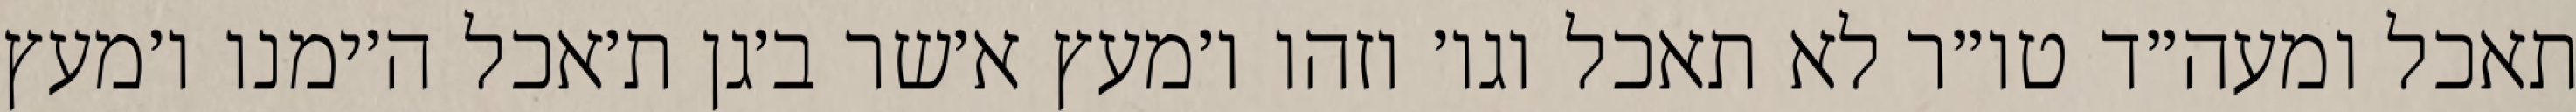
תאכל ומעה״ד טו״ר לא תאכל וגו׳ וזהו ו׳מעץ א׳שר ב׳גן ת׳אכל ה׳ימנו ו׳מעץ